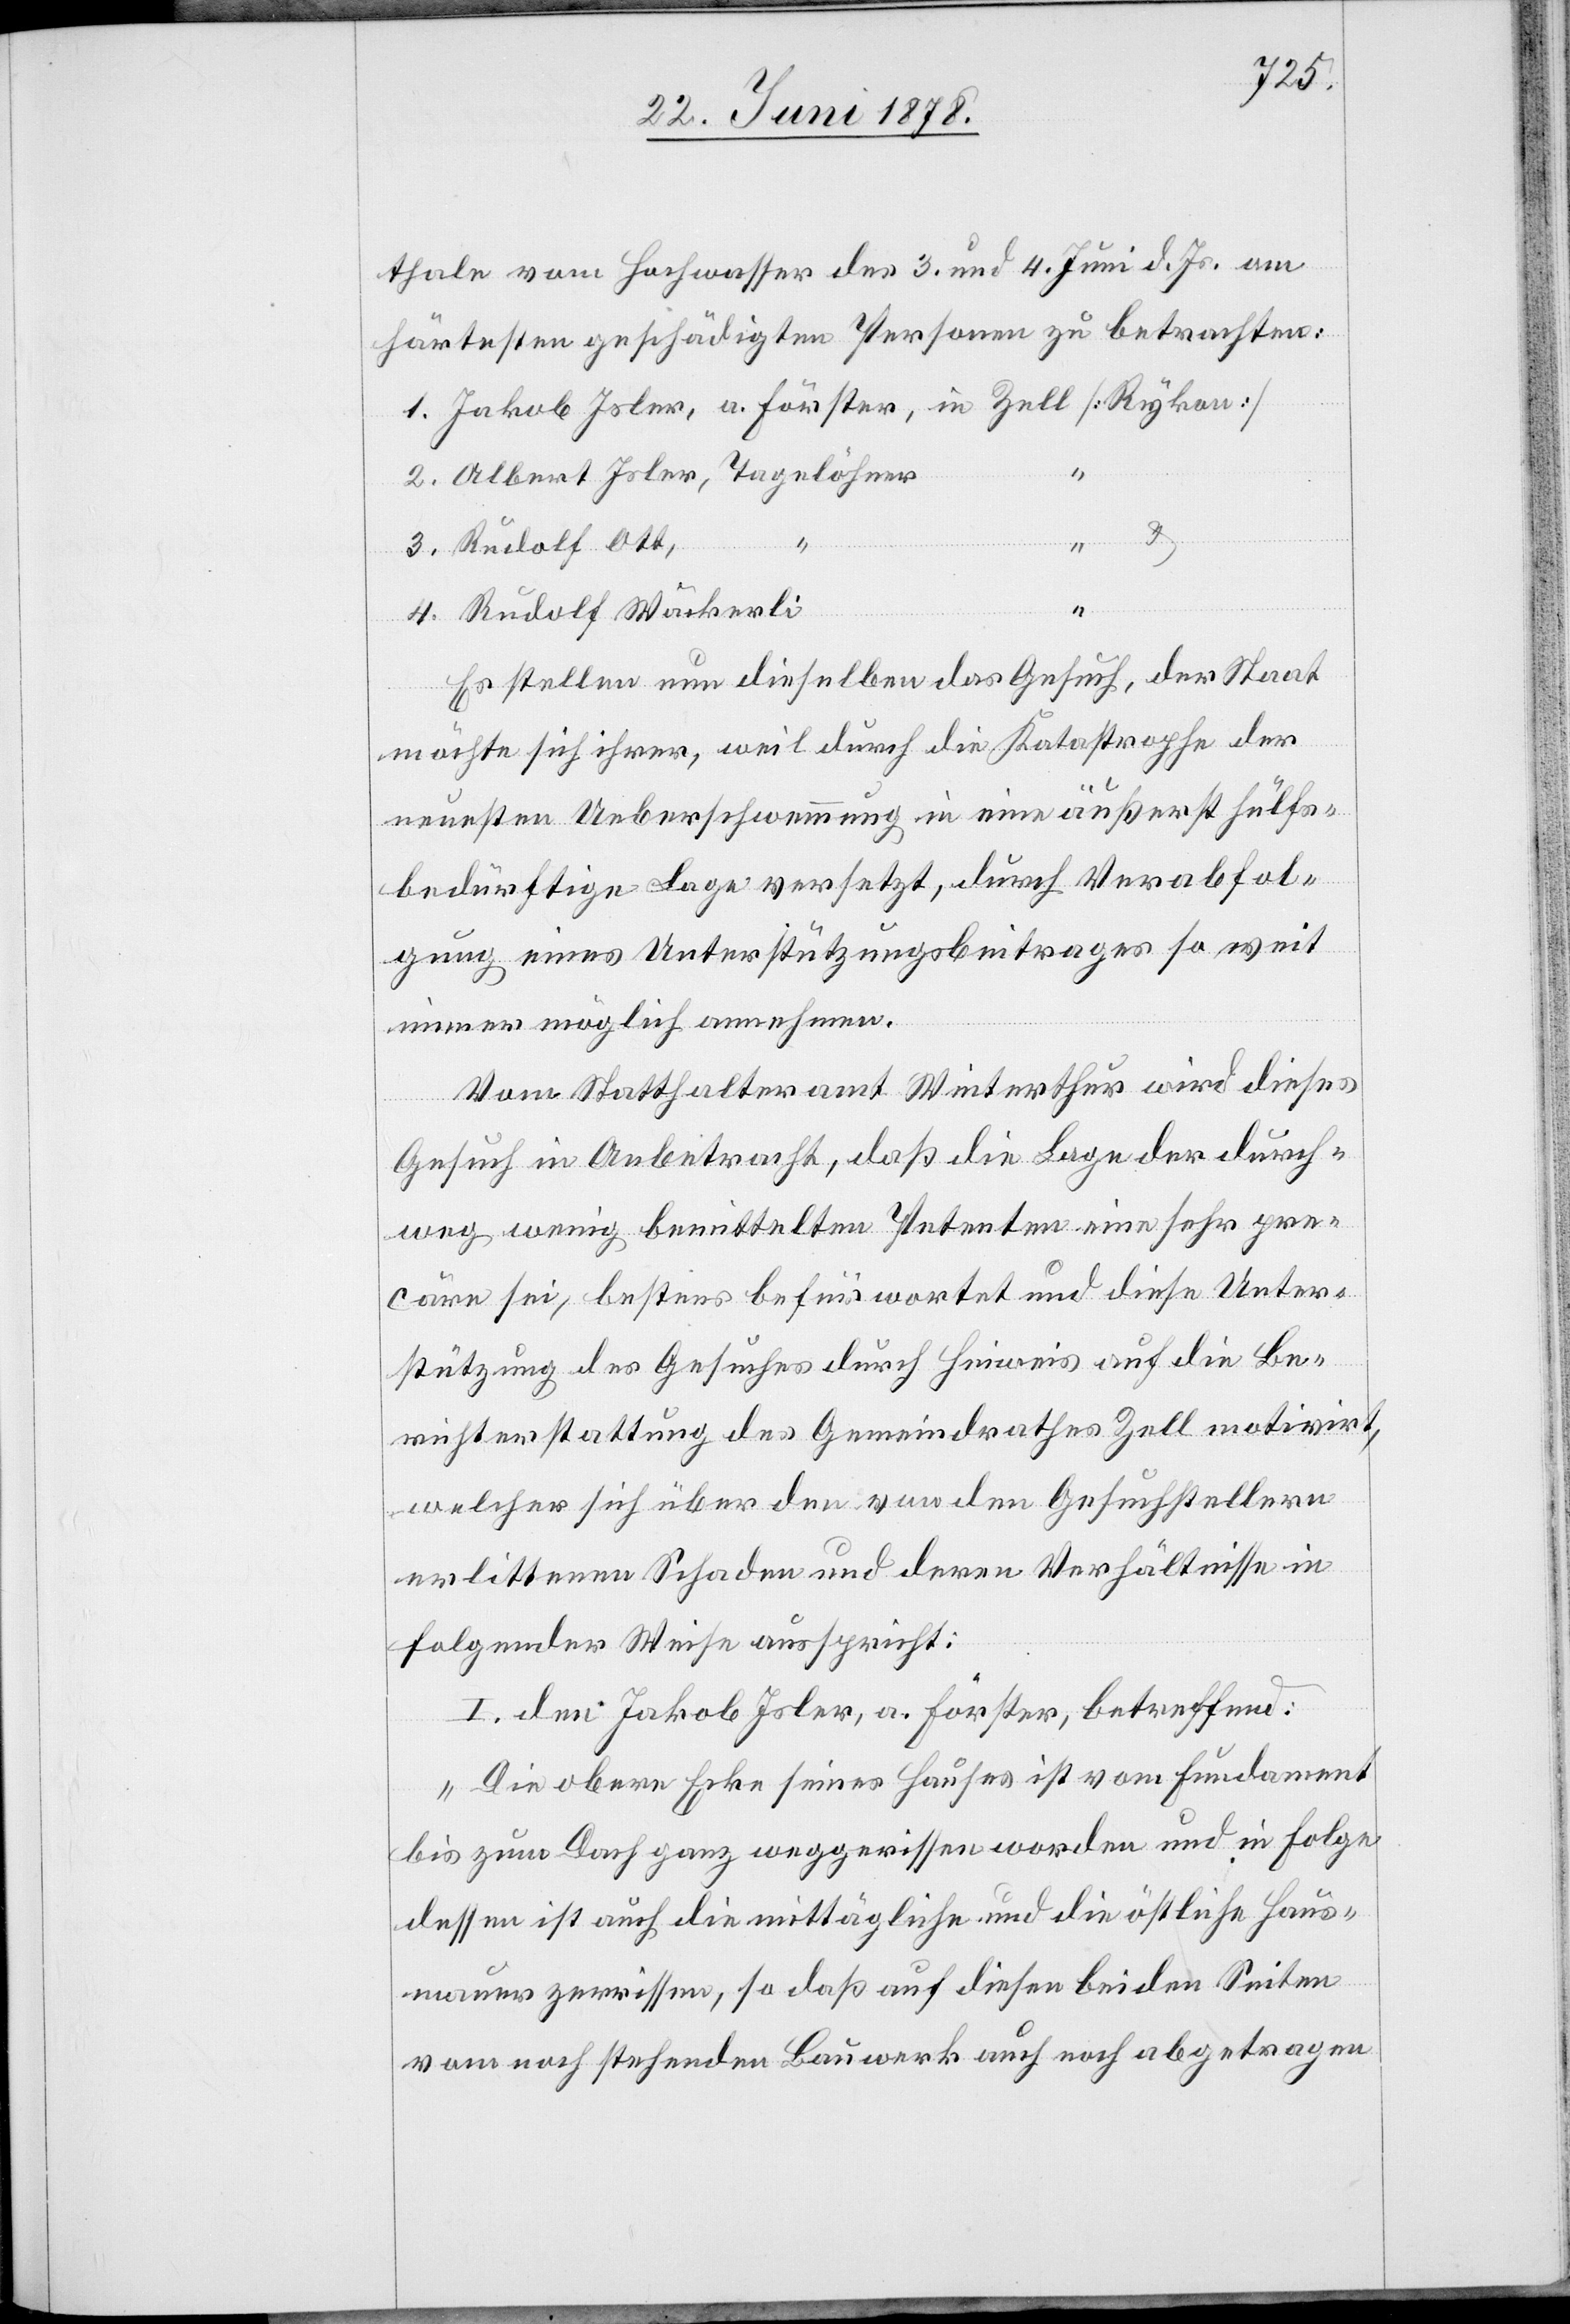
thale vom Hochwasser des 3. und 4. Juni d. Js. am
härtesten geschädigten Personen zu betrachten:
1. Jakob Isler, a. Förster, in Zell [Rykon]
2. Albert Isler, Tagelöhner
3. Rudolf Ott,
“
4. Rudolf Wäckerli
Es stellen nun dieselben das Gesuch, der Staat
möchte sich ihrer, weil durch die Katastrophe der
“
neuesten Ueberschwemmung in eine äußerst hülfs¬
bedürftige Lage versetzt, durch Verabfol¬
gung eines Unterstützungsbeitrages so weit
immer möglich annehmen.
Vom Statthalteramt Winterthur wird dieses
Gesuch in Anbetracht, daß die Lage der durch¬
weg wenig bemittelten Petenten eine sehr pre¬
cäre sei, bestens befürwortet und diese Unter¬
stützung des Gesuches durch Hinweis auf die Be¬
richterstattung des Gemeindrathes Zell motivirt,
welcher sich über den von den Gesuchstellern
erlittenen Schaden und deren Verhältnisse in
folgender Weise ausspricht:
I. den Jakob Isler, a. Förster, betreffend:
„Die obere Ecke seines Hauses ist vom Fundament
bis zum Dach ganz weggerissen worden und in Folge
dessen ist auch die mittägliche und die östliche Haus¬
mauer zerrissen, so daß auf diesen beiden Seiten
vom noch stehenden Bauwerk auch noch abgetragen